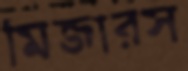
মিজারস